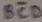
Text: BCD